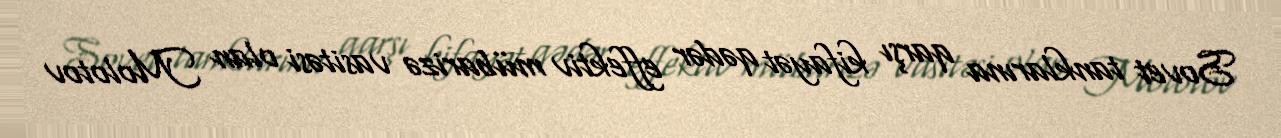
Sovet tanklarına qarşı kifayət qədər effektiv mübarizə vasitəsi olan Molotov